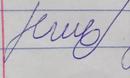
Signature authenticity: forged